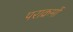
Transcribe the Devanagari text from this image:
पराक्रमों